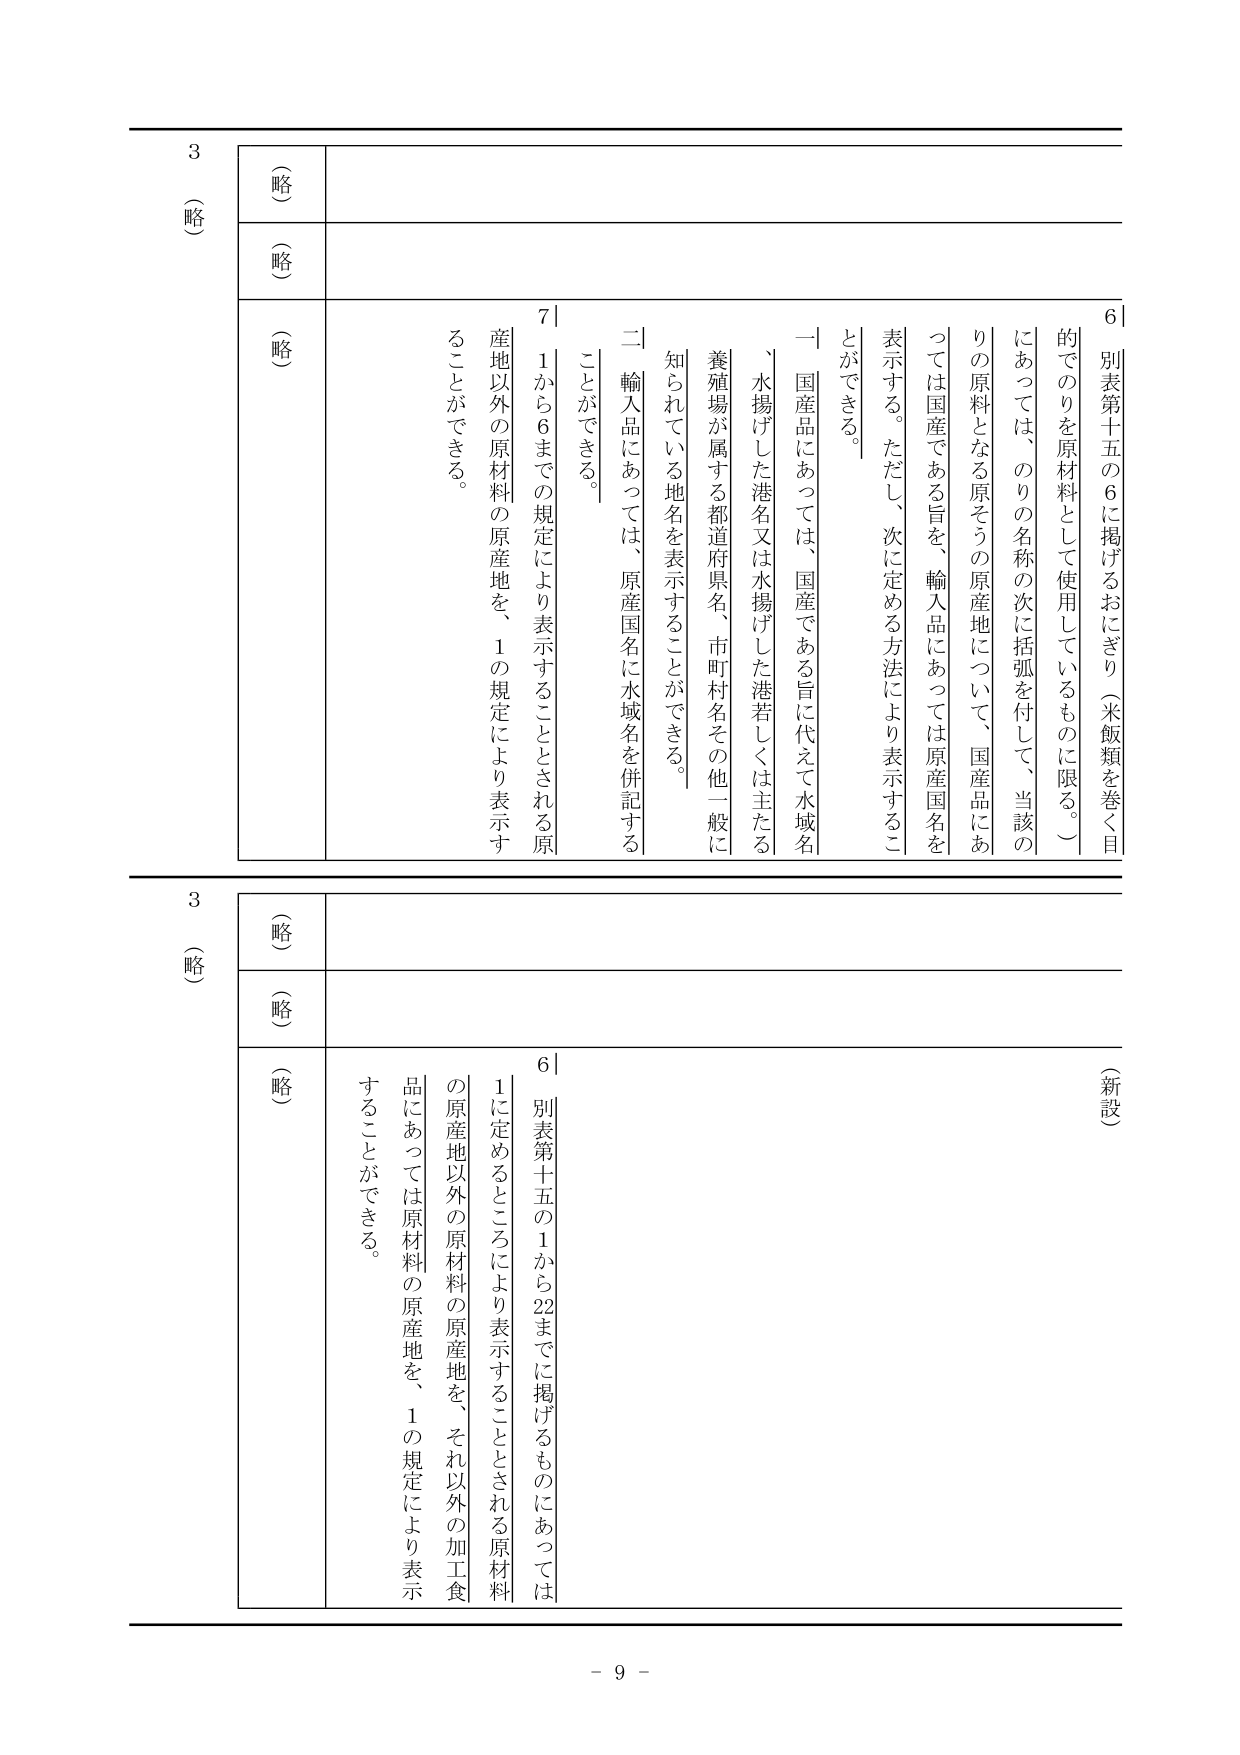
3
（略）
（略）
（略）
6｜別表第十五の6に掲げるおにぎり（米飯類を巻く目的でのりを原材料として使用しているものに限る。）にあっては、のりの名称の次に括弧を付して、当該のりの原料となる原そうの原産地について、国産品にあっては国産である旨を、輸入品にあっては原産国名を表示する。ただし、次に定める方法により表示することができる。
一｜国産品にあっては、国産である旨を代えて水域名、水揚げした港名又は水揚げした港若しくは主たる養殖場が属する都道府県名、市町村名その他一般に知られている地名を表示することができる。
二｜輸入品にあっては、原産国名に水域名を併記することができる。
7｜1から6までの規定により表示することとされる原産地以外の原材料の原産地を、1の規定により表示することができる。

3
（略）
（略）
（略）
（新設）
6｜別表第十五の1から22までに掲げるものにあっては、1に定めるところにより表示することとされる原材料の原産地以外の原材料の原産地を、それ以外の加工食品にあっては原材料の原産地を、1の規定により表示することができる。

- 9 -